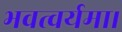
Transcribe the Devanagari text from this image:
भवत्वर्यमा।